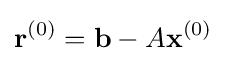
{\mathbf {r}}^{(0)}={\mathbf {b}}-A{\mathbf {x}}^{(0)}